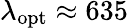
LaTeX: \lambda_{\mathrm{opt}}\approx 635